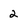
Character: 2